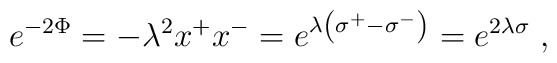
e^{-2\Phi}=-\lambda^2x^+x^-=e^{\lambda\left(\sigma^+-\sigma^-\right)}=e^{2\lambda\sigma}\;,